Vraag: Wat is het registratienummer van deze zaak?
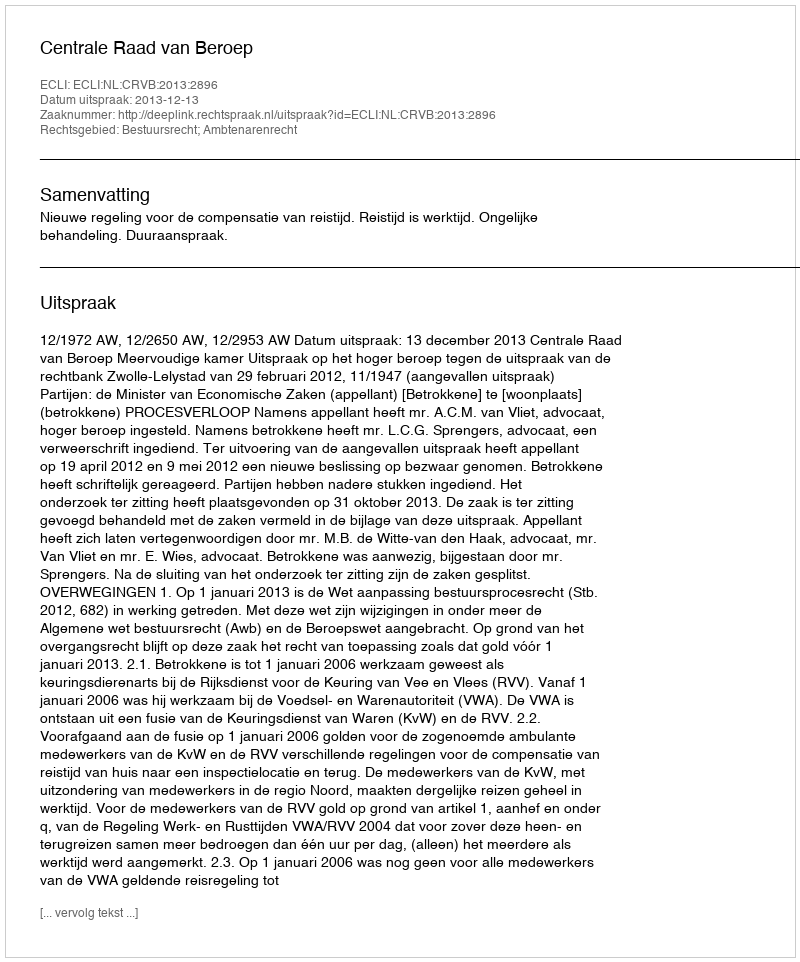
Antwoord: http://deeplink.rechtspraak.nl/uitspraak?id=ECLI:NL:CRVB:2013:2896